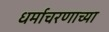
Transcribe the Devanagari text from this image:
धर्माचरणाच्या